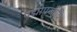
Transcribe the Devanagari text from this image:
पद्मोपजीवि